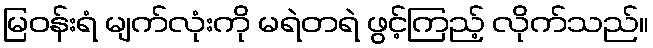
မြဝန်းရံ မျက်လုံးကို မရဲတရဲ ဖွင့်ကြည့် လိုက်သည်။